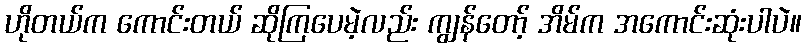
ဟိုတယ်က ကောင်းတယ် ဆိုကြပေမဲ့လည်း ကျွန်တော့် အိမ်က အကောင်းဆုံးပါပဲ။